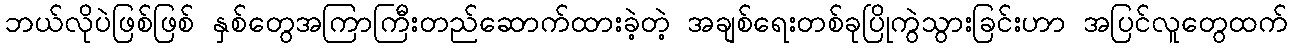
ဘယ်လိုပဲဖြစ်ဖြစ် နှစ်တွေအကြာကြီးတည်ဆောက်ထားခဲ့တဲ့ အချစ်ရေးတစ်ခုပြိုကွဲသွားခြင်းဟာ အပြင်လူတွေထက်